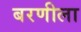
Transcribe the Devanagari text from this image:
बरणीला